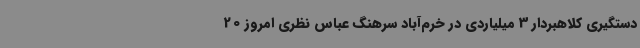
دستگیری کلاهبردار 3 میلیاردی در خرم‌آباد سرهنگ عباس نظری امروز 20